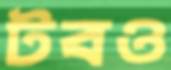
টবও